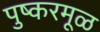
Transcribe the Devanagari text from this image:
पुष्करमूळ